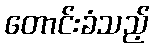
တောင်းခံသည့်